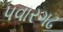
પવારગઢ